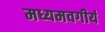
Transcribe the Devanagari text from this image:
मध्यमवगीर्य